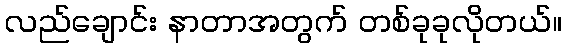
လည်ချောင်း နာတာအတွက် တစ်ခုခုလိုတယ်။